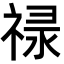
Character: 𬓈